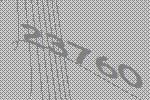
23760